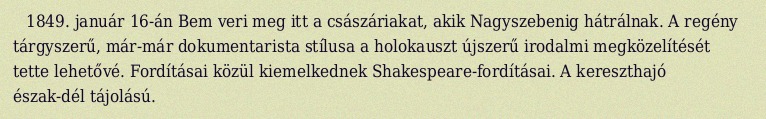
1849. január 16-án Bem veri meg itt a császáriakat, akik Nagyszebenig hátrálnak. A regény tárgyszerű, már-már dokumentarista stílusa a holokauszt újszerű irodalmi megközelítését tette lehetővé. Fordításai közül kiemelkednek Shakespeare-fordításai. A kereszthajó észak-dél tájolású.